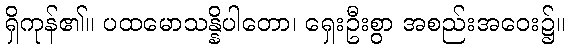
ရှိကုန်၏။ ပထမောသန္နိပါတော၊ ရှေးဦးစွာ အစည်းအဝေး၌။